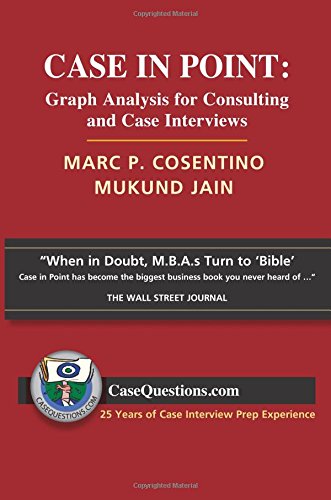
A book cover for Case in Point: Graph Analysis for Consulting and Case Interviews; Marc Cosentino and Mukund Jain; Business & Money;